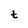
Character: t